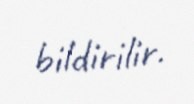
bildirilir.